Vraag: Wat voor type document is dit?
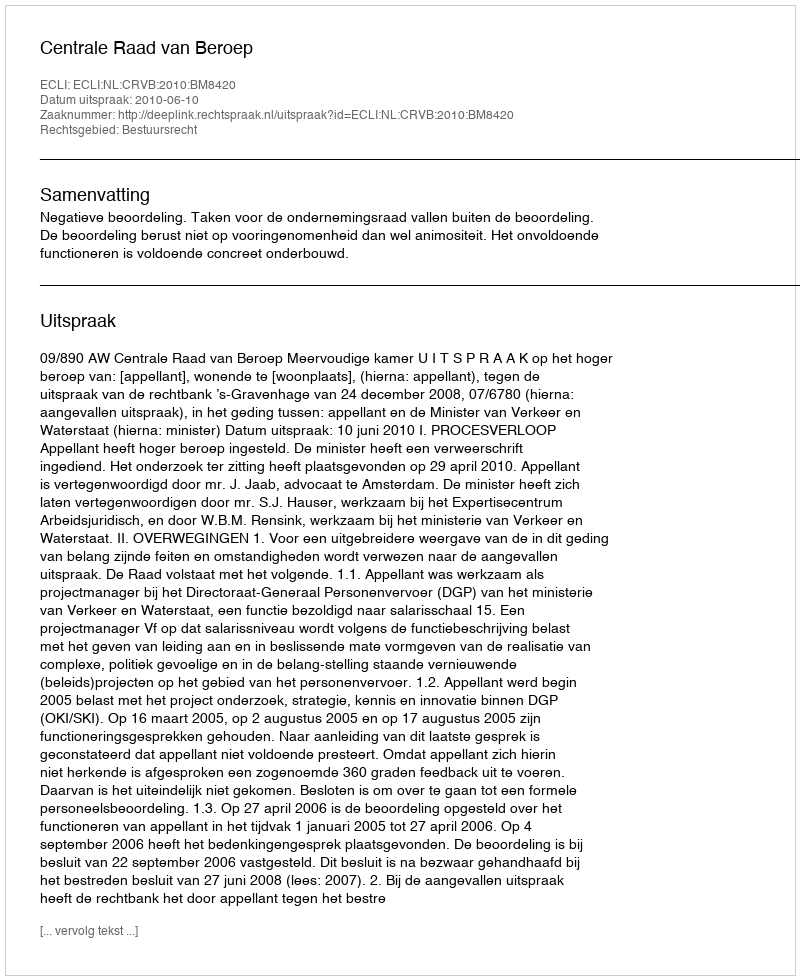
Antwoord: Uitspraak